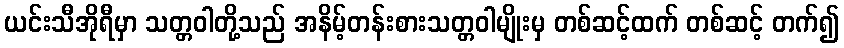
ယင်းသီအိုရီမှာ သတ္တဝါတို့သည် အနိမ့်တန်းစားသတ္တဝါမျိုးမှ တစ်ဆင့်ထက် တစ်ဆင့် တက်၍